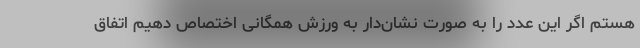
هستم اگر این عدد را به صورت نشان‌دار به ورزش همگانی اختصاص دهیم اتفاق